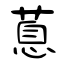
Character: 蒠